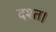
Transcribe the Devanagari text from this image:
दश्त।